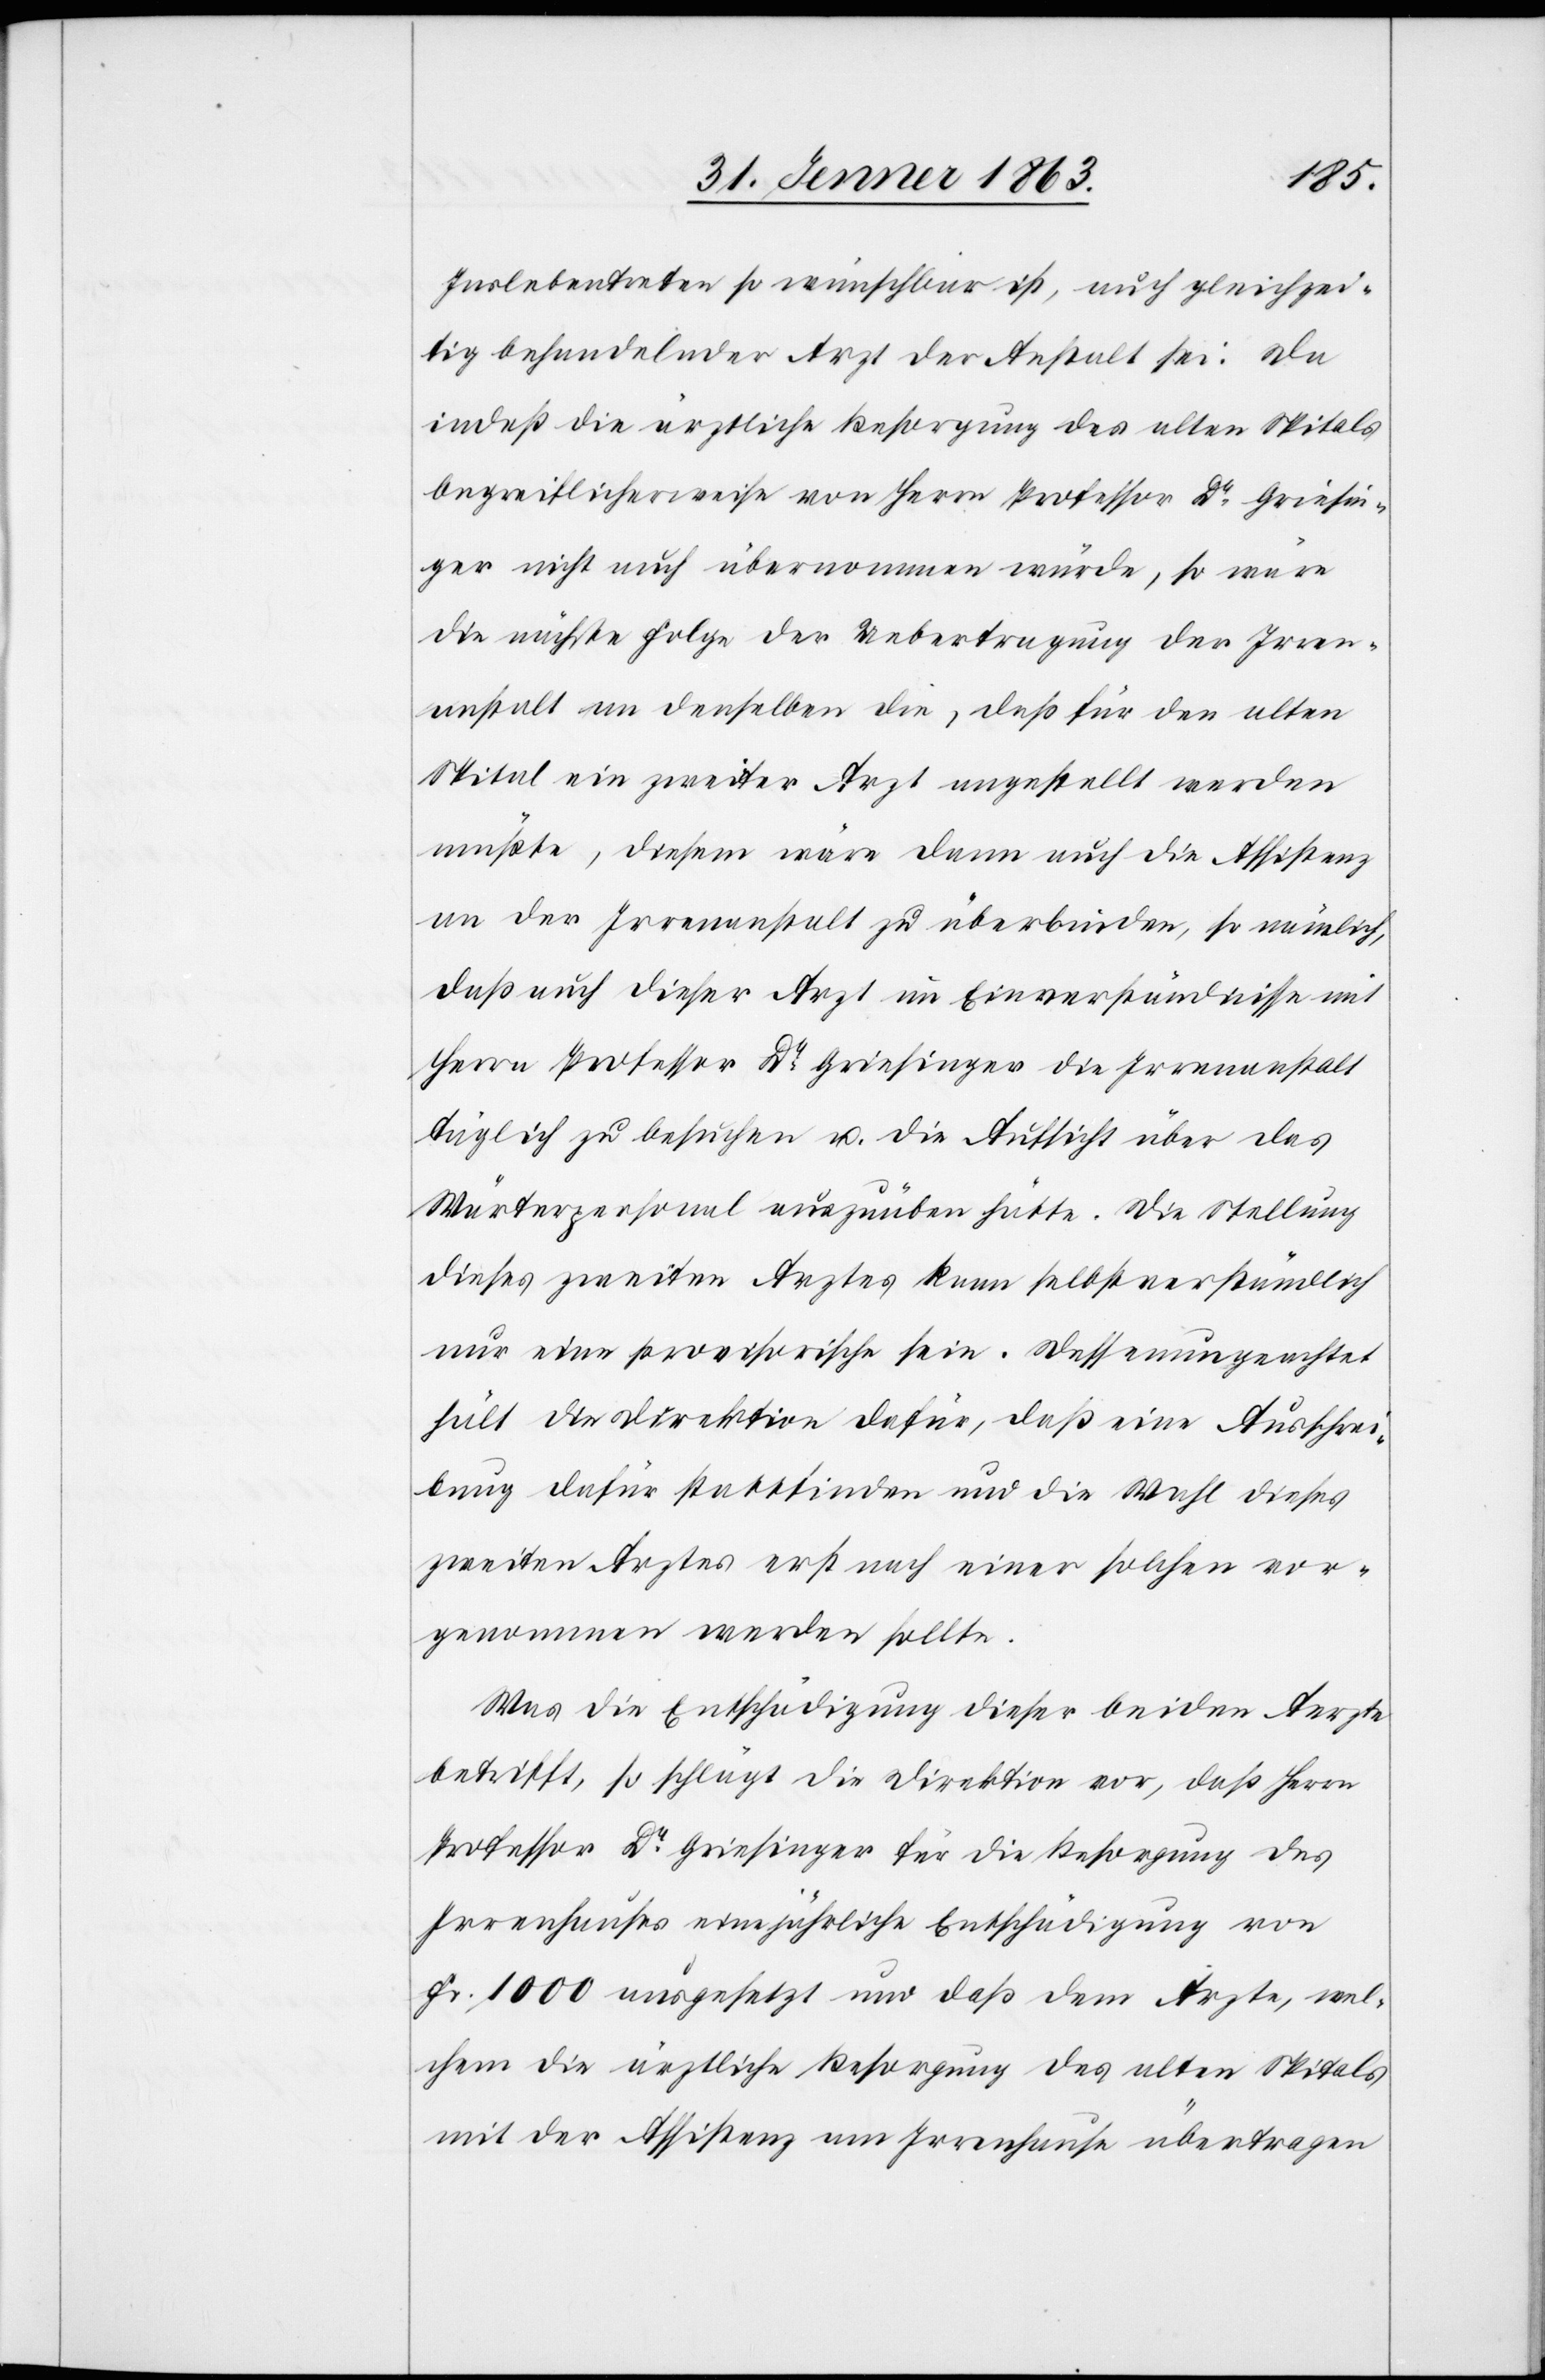
Inslebentreten so wünschbar ist, auch gleichzei¬
tig behandelnder Arzt der Anstalt sei. Da
indeß die ärztliche Besorgung des alten Spitals
begreiflicherweise von Herrn Professor Dr Griesin¬
ger nicht auch übernommen würde, so wäre
die nächste Folge der Uebertragung der Irren¬
anstalt an denselben die, daß für den alten
Spital ein zweiter Arzt angestellt werden
müßte, diesem wäre dann auch die Assistenz
an der Irrenanstalt zu überbinden, so nämlich,
daß auch dieser Arzt im Einverständnisse mit
Herrn Professor Dr Griesinger die Irrenanstalt
täglich zu besuchen u. die Aufsicht über das
Wärterpersonal auszuüben hätte. Die Stellung
dieses zweiten Arztes kann selbstverständlich
nur eine provisorische sein. Dessenungeachtet
hält die Direktion dafür, daß eine Ausschrei¬
bung dafür stattfinden und die Wahl dieses
zweiten Arztes erst nach einer solchen vor¬
genommen werden sollte.
Was die Entschädigung dieser beiden Aerzte
betrifft, so schlägt die Direktion vor, daß Herrn
Professor Dr Griesinger für die Besorgung des
Irrenhauses eine jährliche Entschädigung von
Fr. 1000 ausgesetzt und daß dem Arzte, wel¬
chem die ärztliche Versorgung des alten Spitals
mit der Assistenz am Irrenhause übertragen